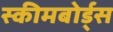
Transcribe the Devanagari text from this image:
स्कीमबोर्ड्स